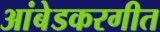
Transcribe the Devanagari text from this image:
आंबेडकरगीत